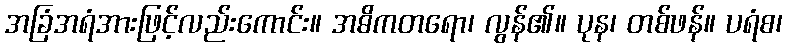
အခြံအရံအားဖြင့်လည်းကောင်း။ အဓိကတရော၊ လွန်၏။ ပုန၊ တစ်ဖန်။ ပရံစ၊